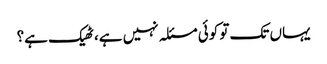
یہاں تک تو کوئی مسئلہ نہیں ہے، ٹھیک ہے؟